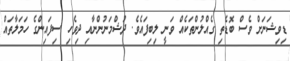
ޑިވިޝަނަށް ވެސް ބޮޑެތި ގެއްލުންތަކެއް ވަނީ ލިބިފައެވެ. ދުޝްމަނުންނާއި ދިވެހި ސިފައިންގެ ހަމަލާތައް